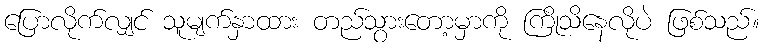
ပြောလိုက်လျှင် သူမျက်နှာထား တည်သွားတော့မှာကို ကြိုသိနေလိုပဲ ဖြစ်သည်။